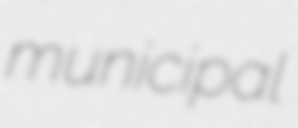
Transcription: municipal